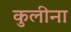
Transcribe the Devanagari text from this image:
कुलीना